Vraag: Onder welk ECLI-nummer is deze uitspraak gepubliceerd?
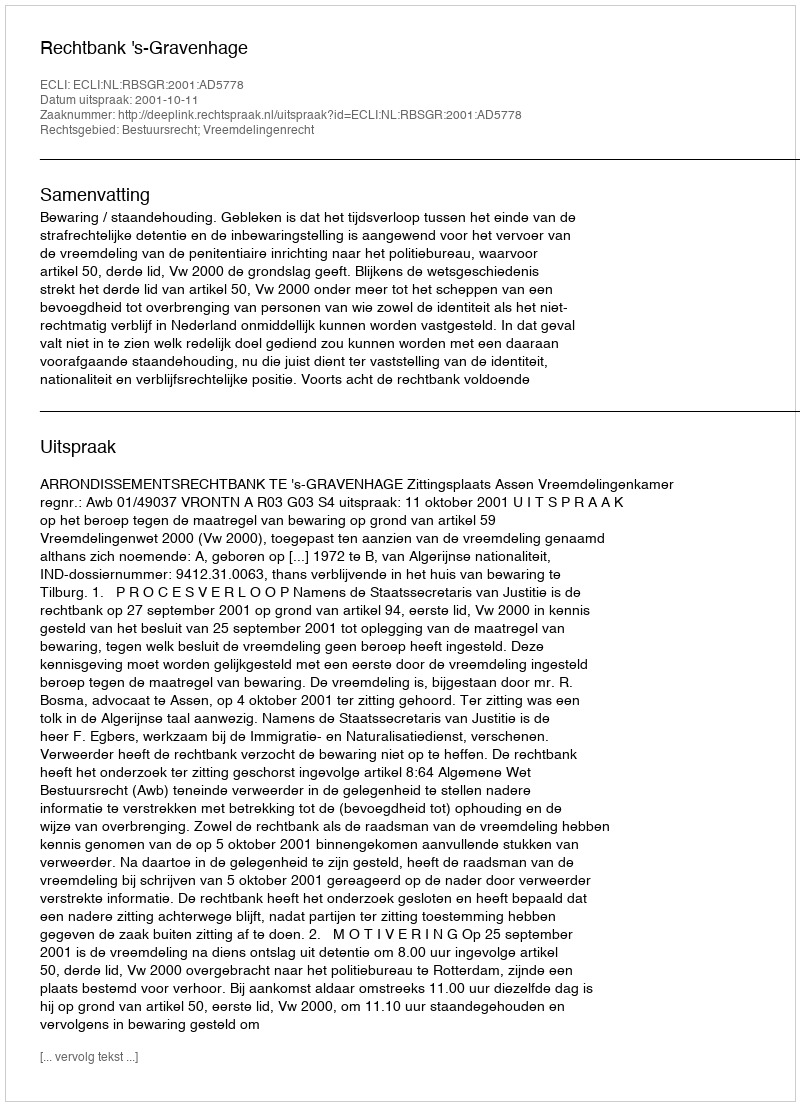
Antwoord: ECLI:NL:RBSGR:2001:AD5778